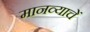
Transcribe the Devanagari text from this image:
मानव्याचें